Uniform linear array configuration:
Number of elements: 48
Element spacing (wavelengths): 0.5
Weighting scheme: blackman
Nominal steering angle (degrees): -30
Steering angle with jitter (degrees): -28.849
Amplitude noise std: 0.05
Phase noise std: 0.05

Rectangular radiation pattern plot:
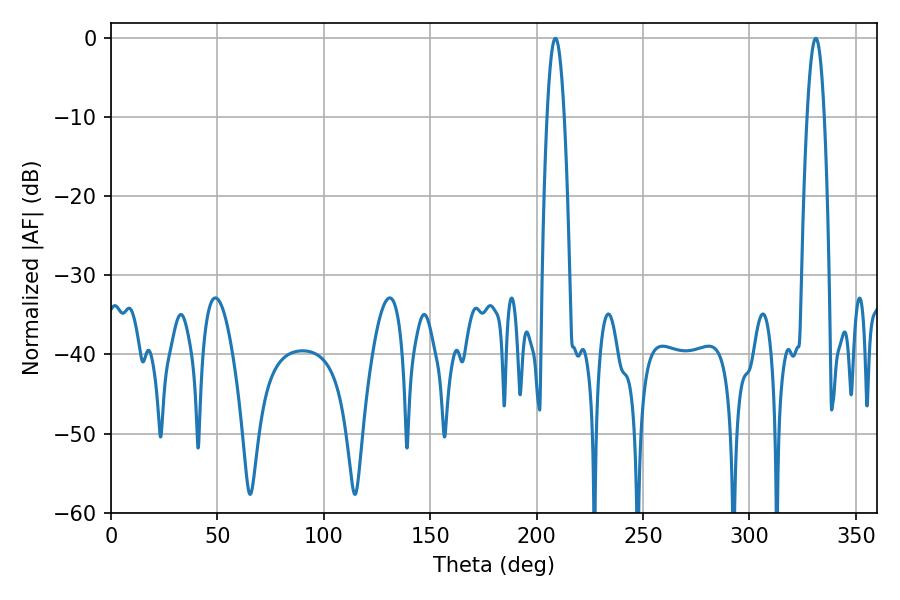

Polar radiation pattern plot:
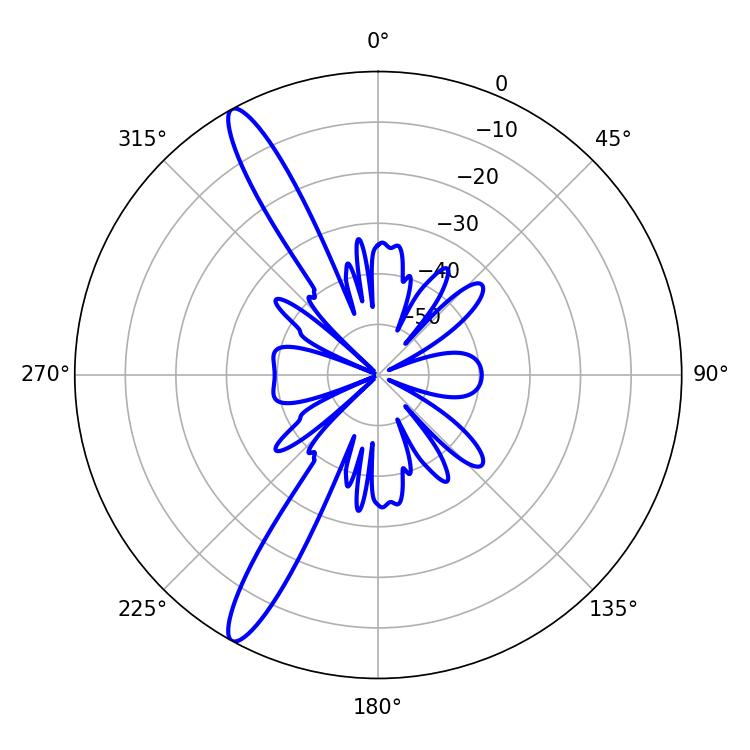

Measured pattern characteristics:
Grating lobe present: FALSE
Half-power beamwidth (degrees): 4.5
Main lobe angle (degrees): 208.8